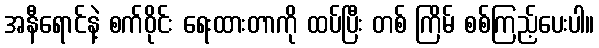
အနီရောင်နဲ့ စက်ဝိုင်း ရေးထားတာကို ထပ်ပြီး တစ် ကြိမ် စစ်ကြည့်ပေးပါ။